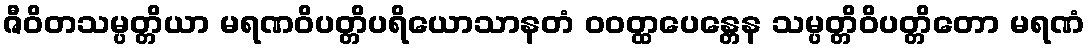
ဇီဝိတသမ္ပတ္တိယာ မရဏဝိပတ္တိပရိယောသာနတံ ဝဝတ္ထပေန္တေန သမ္ပတ္တိဝိပတ္တိတော မရဏံ